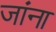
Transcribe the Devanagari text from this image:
जांना